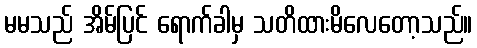
မမသည် အိမ်ပြင် ရောက်ခါမှ သတိထားမိလေတော့သည်။